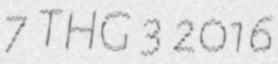
7 THG 3 2016